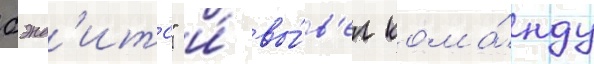
бэнд'итс" и́ вы́в'ел кома́нду